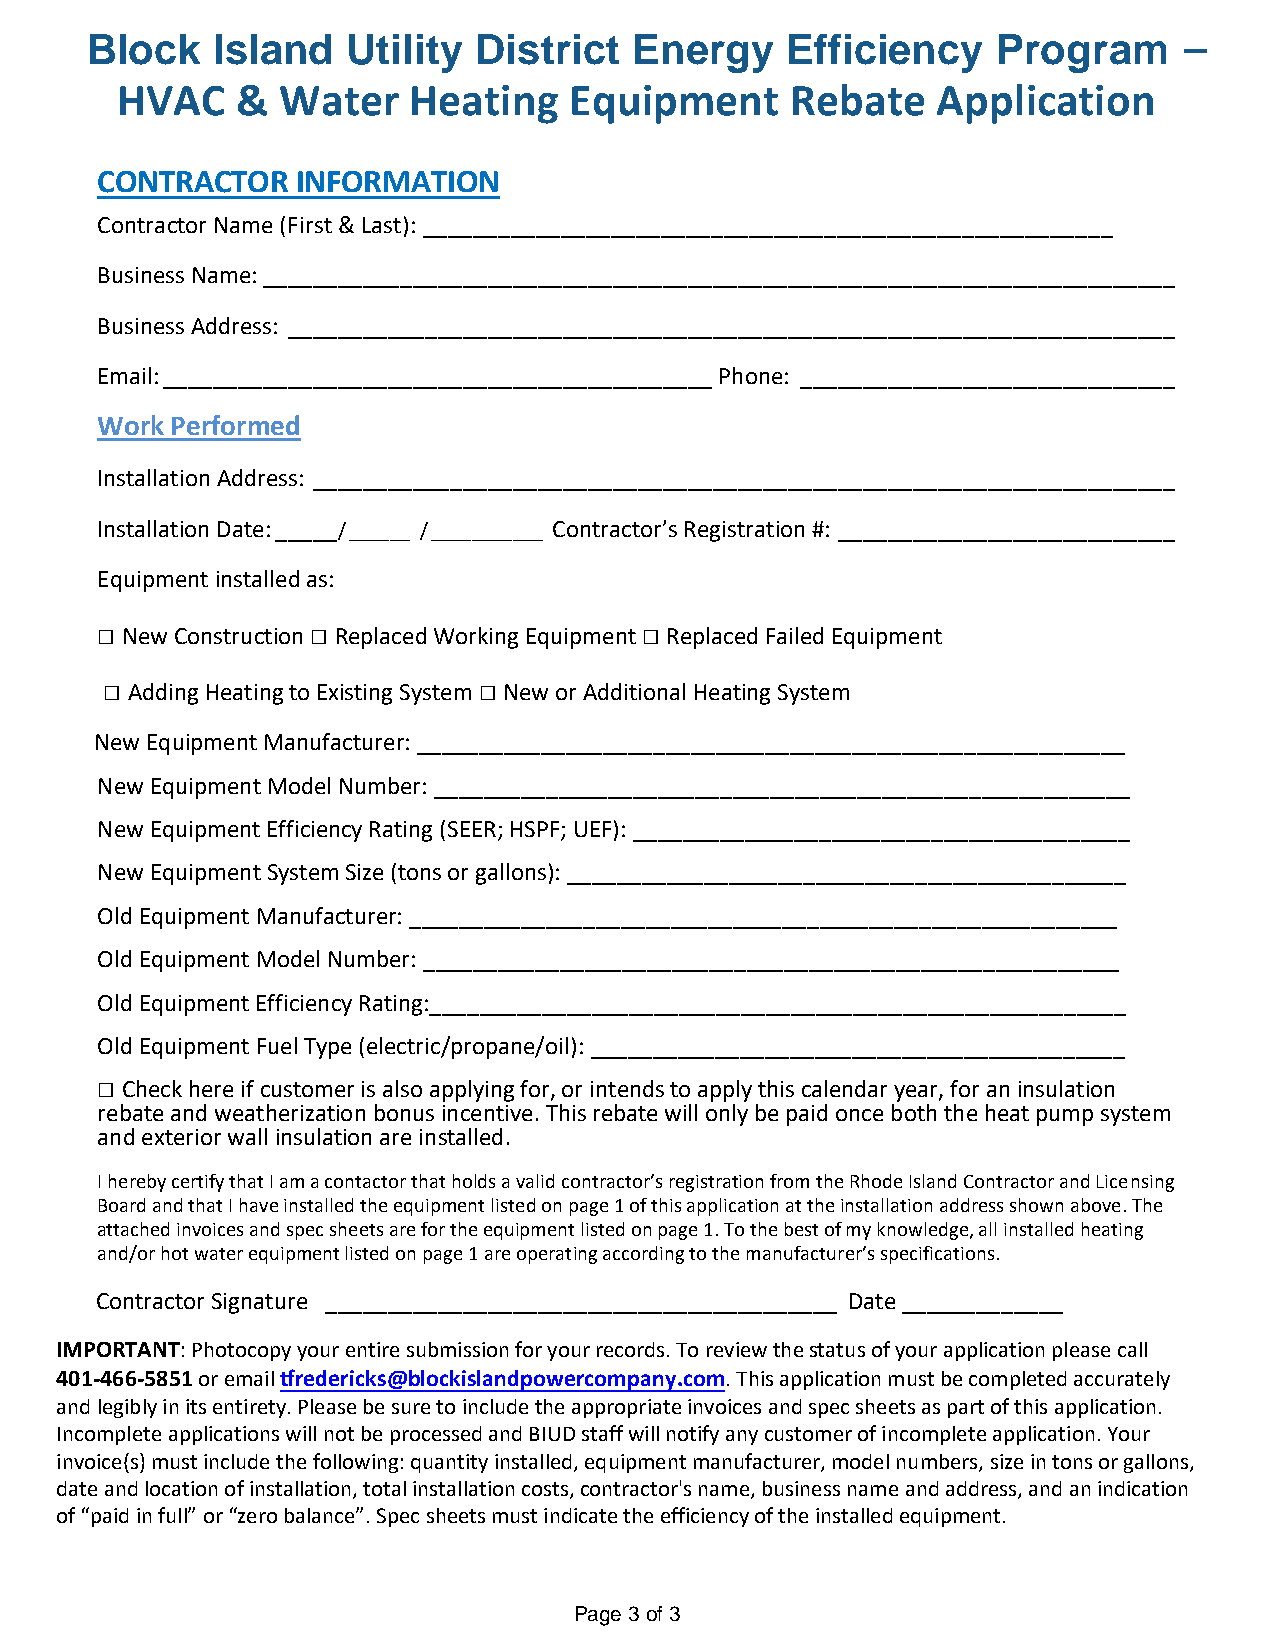
Block   Island   Utility District   Energy    Efficiency    Program     –
 HVAC    & Water    Heating    Equipment     Rebate    Application
 CONTRACTOR    INFORMATION
 Contractor Name (First & Last): _______________________________________________________
 Business Name: _________________________________________________________________________
 Business Address: _______________________________________________________________________
 Email: ____________________________________________ Phone: ______________________________
 Work Performed
 Installation Address: _____________________________________________________________________
 Installation Date: _____/ ______ / ___________ Contractor’s Registration #: ___________________________
 Equipment installed as:
 □ New Construction □ Replaced Working Equipment □ Replaced Failed Equipment
 □ Adding Heating to Existing System □ New or Additional Heating System
 New Equipment Manufacturer: _________________________________________________________
 New Equipment Model Number: ________________________________________________________
 New Equipment Efficiency Rating (SEER; HSPF; UEF): ________________________________________
 New Equipment System Size (tons or gallons): _____________________________________________
 Old Equipment Manufacturer: _________________________________________________________
 Old Equipment Model Number: ________________________________________________________
 Old Equipment Efficiency Rating:________________________________________________________
 Old Equipment Fuel Type (electric/propane/oil): ___________________________________________
 □ Check here if customer is also applying for, or intends to apply this calendar year, for an insulation
 rebate and weatherization bonus incentive. This rebate will only be paid once both the heat pump system
 and exterior wall insulation are installed.
 I hereby certify that I am a contactor that holds a valid contractor’s registration from the Rhode Island Contractor and Licensing
 Board and that I have installed the equipment listed on page 1 of this application at the installation address shown above. The
 attached invoices and spec sheets are for the equipment listed on page 1. To the best of my knowledge, all installed heating
 and/or hot water equipment listed on page 1 are operating according to the manufacturer’s specifications.
 Contractor Signature _________________________________________ Date _____________
 IMPORTANT: Photocopy your entire submission for your records. To review the status of your application please call
 401-466-5851 or email tfredericks@blockislandpowercompany.com. This application must be completed accurately
 and legibly in its entirety. Please be sure to include the appropriate invoices and spec sheets as part of this application.
 Incomplete applications will not be processed and BIUD staff will notify any customer of incomplete application. Your
 invoice(s) must include the following: quantity installed, equipment manufacturer, model numbers, size in tons or gallons,
 date and location of installation, total installation costs, contractor's name, business name and address, and an indication
 of “paid in full” or “zero balance”. Spec sheets must indicate the efficiency of the installed equipment.
 Page 3 of 3